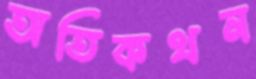
অতিকথন